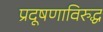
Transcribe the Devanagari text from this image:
प्रदूषणाविरुद्ध